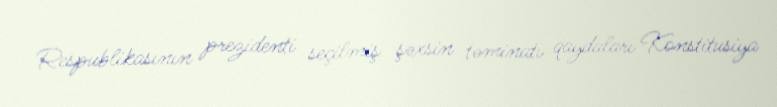
Respublikasının prezidenti seçilmiş şəxsin təminatı qaydaları Konstitusiya